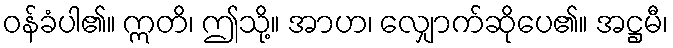
ဝန်ခံပါ၏။ ဣတိ၊ ဤသို့။ အာဟ၊ လျှောက်ဆိုပေ၏။ အဋ္ဌမီ၊